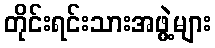
တိုင်းရင်းသားအဖွဲ့များ